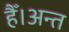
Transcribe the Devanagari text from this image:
हैँ।अन्त